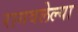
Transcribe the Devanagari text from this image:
रागवलेल्या